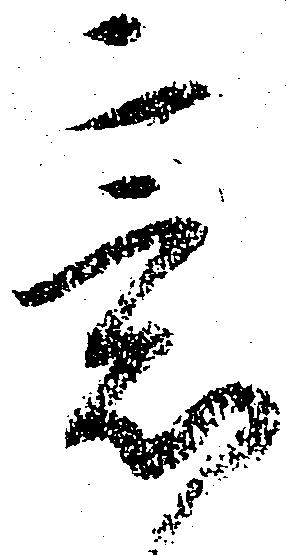
意